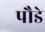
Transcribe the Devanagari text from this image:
पौडे